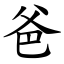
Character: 爸